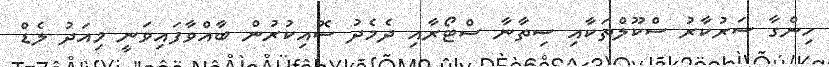
ހިންގާ ސަރުކާރު ސްކޫލްތަކާއި ސިތާނާ ސްޓޯރާއި ދެމެދު ސޮއިކުރުން ބާއްވާފައިވަނީ މިއަދު ލެޑް